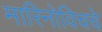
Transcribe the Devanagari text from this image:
मारिनोविचचे